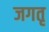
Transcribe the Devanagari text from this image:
जगतृ